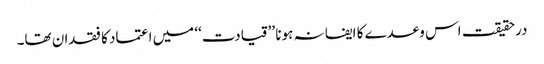
درحقیقت اس وعدے کا ایفا نہ ہونا ’’قیادت‘‘ میں اعتماد کا فقدان تھا۔